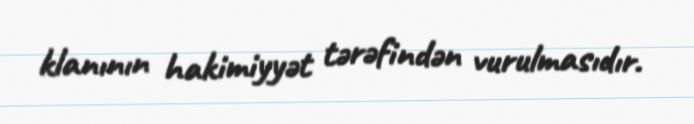
klanının hakimiyyət tərəfindən vurulmasıdır.